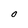
Character: O